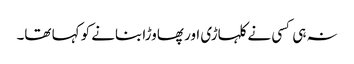
نہ ہی کسی نے کلہاڑی اور پھاوڑا بنانے کو کہا تھا۔